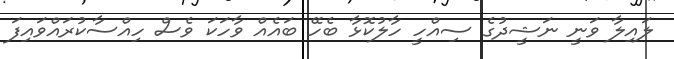
ލައިލާ ވަނީ ނަޝީދުގެ ސިއްހީ ހާލުކޮޅާ ބެހޭ ބައެއް ވާހަކަ ވެސް ހިއްސާކުރައްވައިފަ